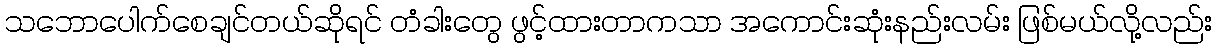
သဘောပေါက်စေချင်တယ်ဆိုရင် တံခါးတွေ ဖွင့်ထားတာကသာ အကောင်းဆုံးနည်းလမ်း ဖြစ်မယ်လို့လည်း